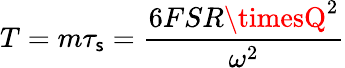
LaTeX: T=m\tau_{\mathsf{s}}=\frac{{6FSR\timesQ^{2}}}{{\omega^{2}}}